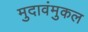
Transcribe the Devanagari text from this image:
मुदावंमुकल